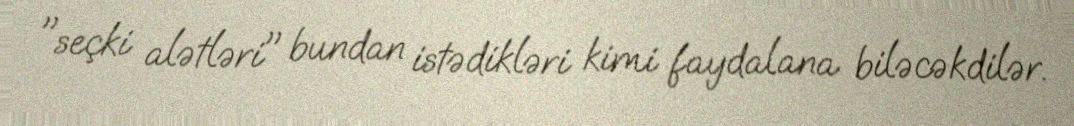
"seçki alətləri" bundan istədikləri kimi faydalana biləcəkdilər.